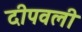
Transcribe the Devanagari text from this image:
दीपवली